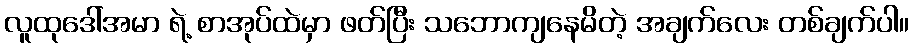
လူထုဒေါ်အမာ ရဲ့ စာအုပ်ထဲမှာ ဖတ်ပြီး သဘောကျနေမိတဲ့ အချက်လေး တစ်ချက်ပါ။